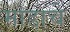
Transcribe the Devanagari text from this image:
माडाचे